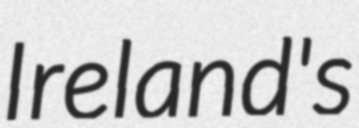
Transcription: Ireland's